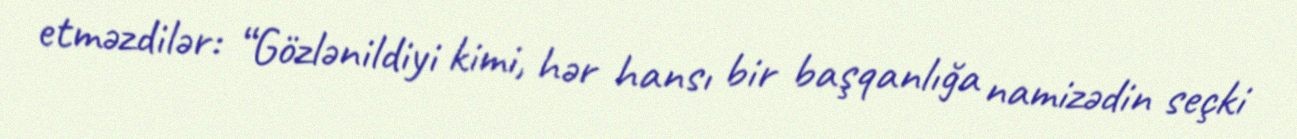
etməzdilər: “Gözlənildiyi kimi, hər hansı bir başqanlığa namizədin seçki